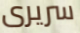
سريرى